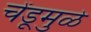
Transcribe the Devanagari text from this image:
चेंडूमुळे